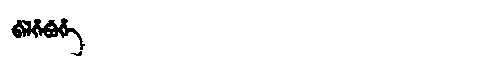
Manchu: ᠪᡝᠯᡥᡝᠪᡠᡥᡝ
Romanization: BELHEBUHE